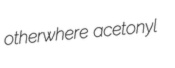
otherwhere acetonyl